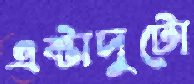
এক্টাদুটো